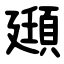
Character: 頲